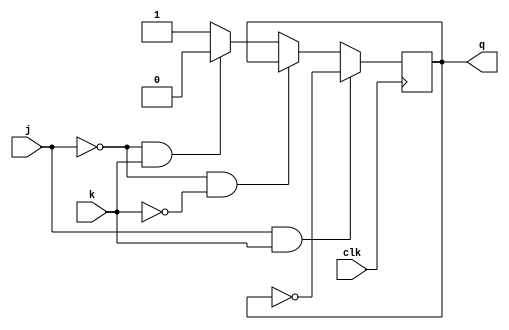
module jkff(clk,j,k,q);
input j,k,clk;
output q;
reg q;
initial
q=1'b0;
always@(posedge clk)
begin
if(j==1 & k==1) q<=~q;
else if(j==0 & k==0)q<=q;
else if(j==0 & k==1)q<=1'b0;
else q<=1'b1;
end
endmodule